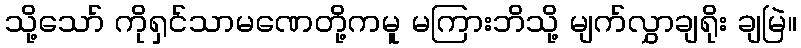
သို့သော် ကိုရှင်သာမဏေတို့ကမူ မကြားဘိသို့ မျက်လွှာချရိုး ချမြဲ။